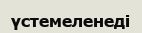
үстемеленеді